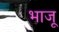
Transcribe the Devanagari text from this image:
भाजू